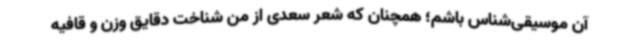
آن موسیقی‌شناس باشم؛ همچنان که شعر سعدی از من شناخت دقایق وزن و قافیه